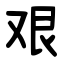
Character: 艰